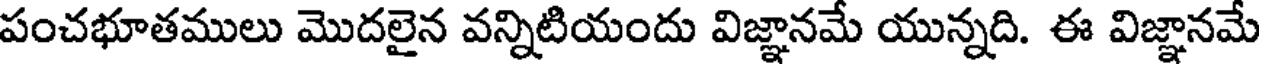
పంచభూతములు మొదలైన వన్నిటియందు విజ్ఞానమే యున్నది. ఈ విజ్ఞానమే